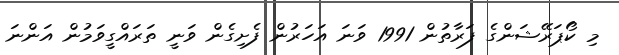
މި ކޯޕަރޭޝަންގެ ފަރާތުން 1991 ވަނަ އަހަރުން ފެށިގެން ވަނީ ތަރައްގީވަމުން އަންނަ